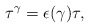
\begin{align*}{\tau}^{\gamma}={\epsilon}({\gamma}){\tau},\end{align*}